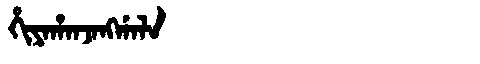
Manchu: ᡥᡳᠶᠠᡥᠠᠨᠵᠠᠩᡤᠠᠯᠠ
Romanization: HIYAHANJANGGALA